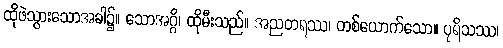
ထိုဖဲသွားသောအခါ၌။ သောအဂ္ဂိ၊ ထိုမီးသည်။ အညတရဿ၊ တစ်ယောက်သော။ ပုရိသဿ၊